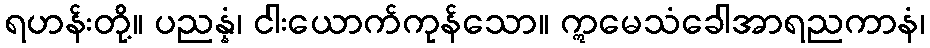
ရဟန်းတို့။ ပညန္နံ၊ ငါးယောက်ကုန်သော။ ဣမေသံခေါအာရညကာနံ၊